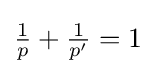
{\textstyle {\frac {1}{p}}+{\frac {1}{p'}}=1}